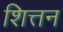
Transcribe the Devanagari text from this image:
शित्तन